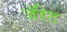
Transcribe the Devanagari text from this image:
जॅरेट